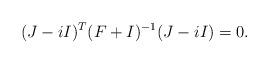
LaTeX: \begin{align*}(J-iI)^T (F+I)^{-1} (J-iI) = 0.\end{align*}